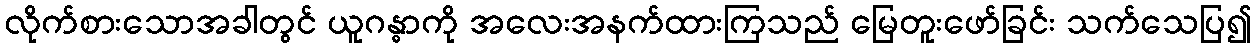
လိုက်စားသောအခါတွင် ယူဂန္ဓာကို အလေးအနက်ထားကြသည် မြေတူးဖော်ခြင်း သက်သေပြ၍